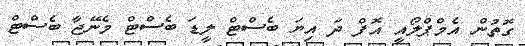
ގޮތުން އެމްޕްލޯއީ އޮފް ދަ އިޔަ ބެސްޓް ލީޑަ ބެސްޓް މެނޭޖާ ބެސްޓް